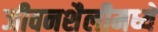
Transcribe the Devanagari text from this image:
जीवनशैलीमध्ये